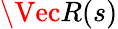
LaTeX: \Vec R(s)